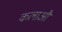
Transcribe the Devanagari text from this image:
कलाऔ